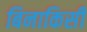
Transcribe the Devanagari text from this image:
बिनाकिसी